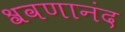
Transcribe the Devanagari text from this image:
श्रवणानंद